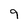
Character: 9